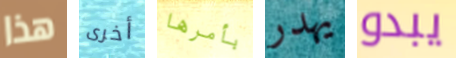
هذا أخرى بأمرها يهدر يبدو